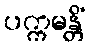
ပက္ကမန္တိံ